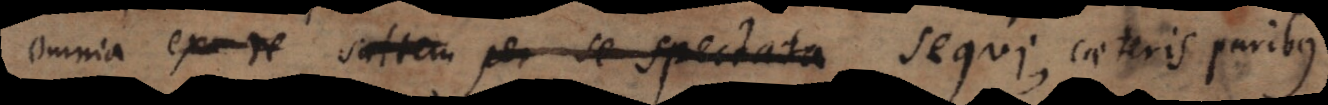
omnia ex re saltem per se spectata sequi, caeteris paribus.